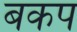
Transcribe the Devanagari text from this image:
बकप